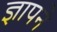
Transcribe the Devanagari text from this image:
ज्ञापने